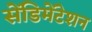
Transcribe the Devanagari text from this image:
सेंडिमेंटेशन